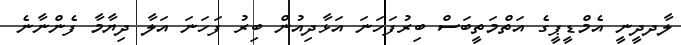
ލާދދީނީ އެމްޑީޕީގެ އަތްމަތީބަސް ބިރުފަހަނަ އަޅާދިއުން ބިރު ފަހަނަ އަލާ ދިޔާމާ ފެންނާނެ